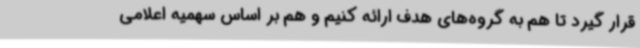
قرار گیرد تا هم به گروه‌های هدف ارائه کنیم و هم بر اساس سهمیه اعلامی